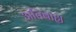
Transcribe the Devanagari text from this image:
अतिबाह्य